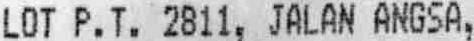
LOT P.T. 2811, JALAN ANGSA,